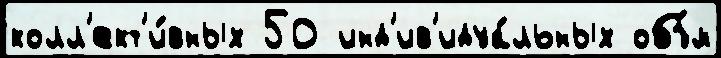
колл'ект'и́вных 50 инд'ив'идуа́льных объ́м